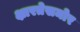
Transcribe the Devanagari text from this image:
क्षारतेसमोर